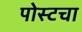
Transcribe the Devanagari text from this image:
पोस्टचा